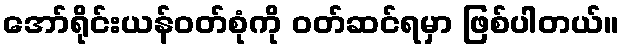
အော်ရိုင်းယန်ဝတ်စုံကို ဝတ်ဆင်ရမှာ ဖြစ်ပါတယ်။